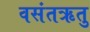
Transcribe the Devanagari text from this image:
वसंतऋतु